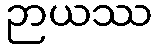
ဉာယဿ